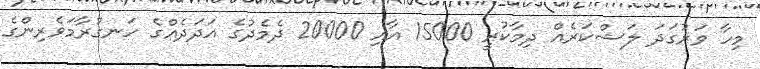
މިހާ ވަރުގަދަ ލަޝްކަރެއް ދިމާކުރީ 15000 އާއި 20000 ދެމެދުގެ އަދަދެއްގެ ހަނގުރާމަވެރިންގެ